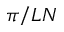
\pi / L N